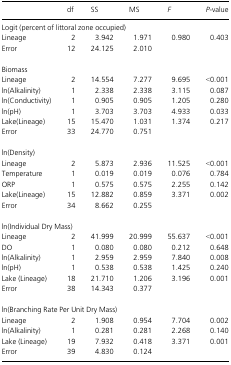
<table><thead><tr><td></td><td><b>df</b></td><td><b>SS</b></td><td><b>MS</b></td><td><b><i>F</i></b></td><td><b><i>P</i>-value</b></td></tr></thead><tbody><tr><td colspan="6">Logit (percent of littoral zone occupied)</td></tr><tr><td>Lineage</td><td>2</td><td>3.942</td><td>1.971</td><td>0.980</td><td>0.403</td></tr><tr><td>Error</td><td>12</td><td>24.125</td><td>2.010</td><td></td><td></td></tr><tr><td colspan="6">Biomass</td></tr><tr><td>Lineage</td><td>2</td><td>14.554</td><td>7.277</td><td>9.695</td><td>&lt;0.001</td></tr><tr><td>ln(Alkalinity)</td><td>1</td><td>2.338</td><td>2.338</td><td>3.115</td><td>0.087</td></tr><tr><td>ln(Conductivity)</td><td>1</td><td>0.905</td><td>0.905</td><td>1.205</td><td>0.280</td></tr><tr><td>ln(pH)</td><td>1</td><td>3.703</td><td>3.703</td><td>4.933</td><td>0.033</td></tr><tr><td>Lake(Lineage)</td><td>15</td><td>15.470</td><td>1.031</td><td>1.374</td><td>0.217</td></tr><tr><td>Error</td><td>33</td><td>24.770</td><td>0.751</td><td></td><td></td></tr><tr><td colspan="6">ln(Density)</td></tr><tr><td>Lineage</td><td>2</td><td>5.873</td><td>2.936</td><td>11.525</td><td>&lt;0.001</td></tr><tr><td>Temperature</td><td>1</td><td>0.019</td><td>0.019</td><td>0.076</td><td>0.784</td></tr><tr><td>ORP</td><td>1</td><td>0.575</td><td>0.575</td><td>2.255</td><td>0.142</td></tr><tr><td>Lake(Lineage)</td><td>15</td><td>12.882</td><td>0.859</td><td>3.371</td><td>0.002</td></tr><tr><td>Error</td><td>34</td><td>8.662</td><td>0.255</td><td></td><td></td></tr><tr><td colspan="6">ln(Individual Dry Mass)</td></tr><tr><td>Lineage</td><td>2</td><td>41.999</td><td>20.999</td><td>55.637</td><td>&lt;0.001</td></tr><tr><td>DO</td><td>1</td><td>0.080</td><td>0.080</td><td>0.212</td><td>0.648</td></tr><tr><td>ln(Alkalinity)</td><td>1</td><td>2.959</td><td>2.959</td><td>7.840</td><td>0.008</td></tr><tr><td>ln(pH)</td><td>1</td><td>0.538</td><td>0.538</td><td>1.425</td><td>0.240</td></tr><tr><td>Lake (Lineage)</td><td>18</td><td>21.710</td><td>1.206</td><td>3.196</td><td>0.001</td></tr><tr><td>Error</td><td>38</td><td>14.343</td><td>0.377</td><td></td><td></td></tr><tr><td colspan="6">ln(Branching Rate Per Unit Dry Mass)</td></tr><tr><td>Lineage</td><td>2</td><td>1.908</td><td>0.954</td><td>7.704</td><td>0.002</td></tr><tr><td>ln(Alkalinity)</td><td>1</td><td>0.281</td><td>0.281</td><td>2.268</td><td>0.140</td></tr><tr><td>Lake (Lineage)</td><td>19</td><td>7.932</td><td>0.418</td><td>3.371</td><td>0.001</td></tr><tr><td>Error</td><td>39</td><td>4.830</td><td>0.124</td><td></td><td></td></tr></tbody></table>